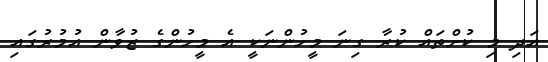
އަދި މި ކުށްތައް ކުރާ ގިނަ މީހުންނަކީ އެ މީހުންގެ ޒުވާން އުމުރުގައި